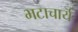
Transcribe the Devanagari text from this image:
भटाचार्य